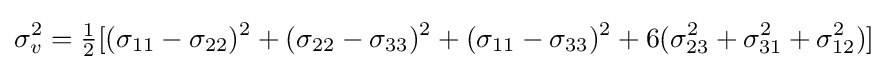
\sigma _{v}^{2}={\tfrac {1}{2}}[(\sigma _{11}-\sigma _{22})^{2}+(\sigma _{22}-\sigma _{33})^{2}+(\sigma _{11}-\sigma _{33})^{2}+6(\sigma _{23}^{2}+\sigma _{31}^{2}+\sigma _{12}^{2})]